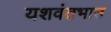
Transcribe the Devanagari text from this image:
यशवंतभाउ